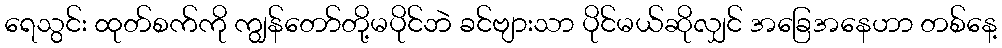
ရေသွင်း ထုတ်စက်ကို ကျွန်တော်တို့မပိုင်ဘဲ ခင်ဗျားသာ ပိုင်မယ်ဆိုလျှင် အခြေအနေဟာ တစ်နေ့